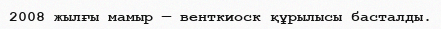
2008 жылғы мамыр — венткиоск құрылысы басталды.